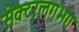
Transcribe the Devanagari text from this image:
सेक्टरलगभग